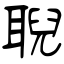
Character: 聣